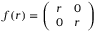
f ( r ) = { \left( \begin{array} { l l } { r } & { 0 } \\ { 0 } & { r } \end{array} \right) }